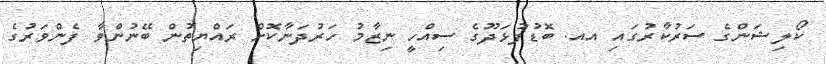
ކޯލިޝަންގެ ސަރުކާރުގައި އއ. ބޮޑުފުޅަދޫގެ ސިއްހީ ނިޒާމު ހަރުދަނާކޮށް ރައްޔިތުން ބޭނުންވާ ފެންވަރުގެ